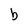
Character: b